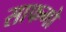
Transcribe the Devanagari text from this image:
साफगो